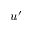
u ^ { \prime }